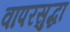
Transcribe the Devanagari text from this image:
वापरसुद्धा